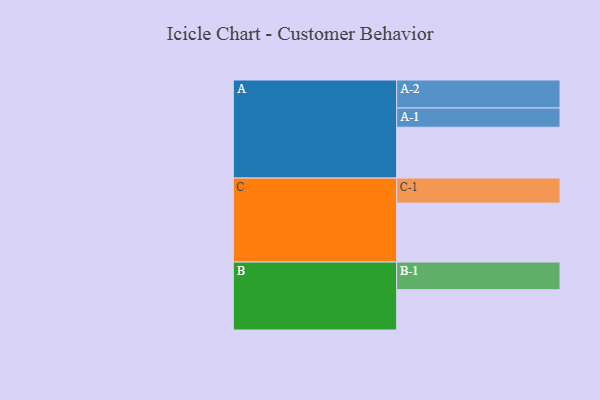
{"axis": {"x": "Segment", "y": "Value"}, "legend": ["", "A", "B", "C"], "data": [{"x": "A", "y": 484, "type": ""}, {"x": "B", "y": 384, "type": ""}, {"x": "C", "y": 562, "type": ""}, {"x": "A-1", "y": 184, "type": "A"}, {"x": "A-2", "y": 267, "type": "A"}, {"x": "B-1", "y": 264, "type": "B"}, {"x": "C-1", "y": 239, "type": "C"}]}